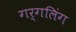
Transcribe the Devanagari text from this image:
गर्गलिंग